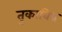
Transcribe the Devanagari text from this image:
तुकाविप्र